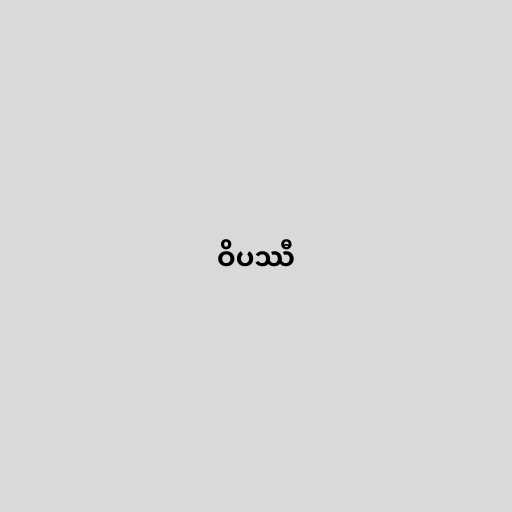
ဝိပဿီ